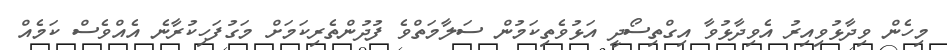
މިހެން ވިދާޅުވިއިރު އެވިދާޅުވާ އިގްތިސޯދީ އަޅުވެތިކަމުން ސަލާމަތްވެ ފުދުންތެރިކަމަށް މަގުފަހިކުރާނެ އެއްވެސް ކަމެއް